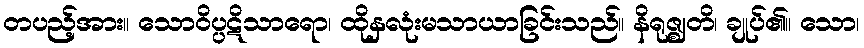
တပည့်အား။ သောဝိပ္ပဋိသာရော၊ ထိုနှလုံးမသာယာခြင်းသည်။ နိရုဇ္ဈတိ၊ ချုပ်၏။ သော၊